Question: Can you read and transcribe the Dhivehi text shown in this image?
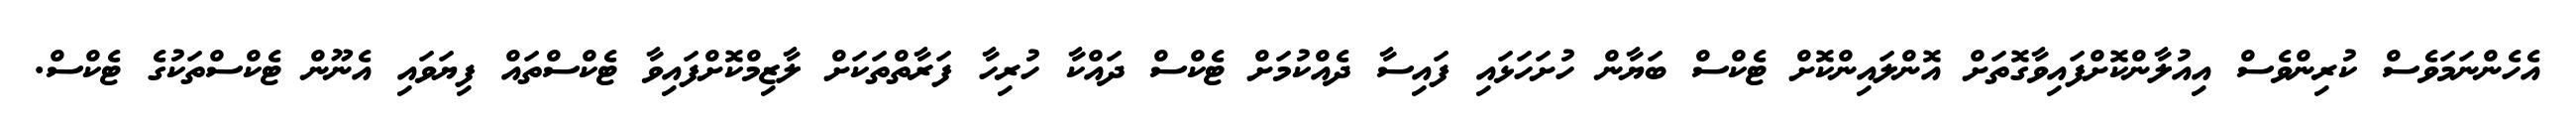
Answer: އެހެންނަމަވެސް ކުރިންވެސް އިއުލާންކޮށްފައިވާގޮތަށް އޮންލައިންކޮށް ޓެކްސް ބަޔާން ހުށަހަޅައި ފައިސާ ދެއްކުމަށް ޓެކްސް ދައްކާ ހުރިހާ ފަރާތްތަކަށް ލާޒިމްކޮށްފައިވާ ޓެކްސްތައް ފިޔަވައި އެނޫން ޓެކްސްތަކުގެ ޓެކްސް.